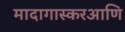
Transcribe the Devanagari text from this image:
मादागास्करआणि